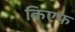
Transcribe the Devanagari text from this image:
किएफ